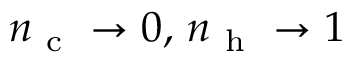
n _ { \mathrm { ~ c ~ } } \to 0 , \, n _ { \mathrm { ~ h ~ } } \to 1